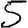
Digit: 5